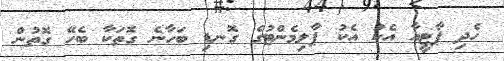
ހެދި ޕާޓީއާ އެކު އެކު ޕާލިމެންޓުގެ ގޮނޑި ބަހާނެ ގޮތަކާ ބެހޭ ގޮތުން